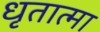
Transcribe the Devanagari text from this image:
धृतात्मा